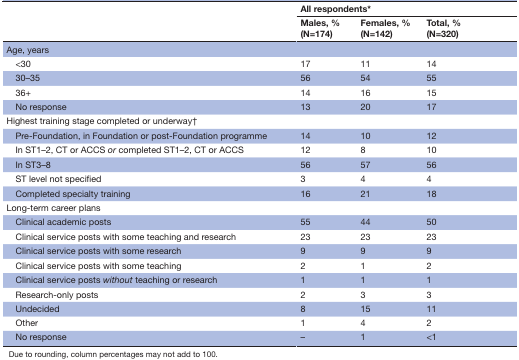
<table><thead><tr><td rowspan="2"></td><td colspan="3"><b>All respondents*</b></td></tr><tr><td><b>Males, % (N=174)</b></td><td><b>Females, % (N=142)</b></td><td><b>Total, % (N=320)</b></td></tr></thead><tbody><tr><td>Age, years</td><td></td><td></td><td></td></tr><tr><td> &lt;30</td><td>17</td><td>11</td><td>14</td></tr><tr><td> 30–35</td><td>56</td><td>54</td><td>55</td></tr><tr><td> 36+</td><td>14</td><td>16</td><td>15</td></tr><tr><td> No response</td><td>13</td><td>20</td><td>17</td></tr><tr><td>Highest training stage completed or underway†</td><td></td><td></td><td></td></tr><tr><td> Pre-Foundation, in Foundation or post-Foundation programme</td><td>14</td><td>10</td><td>12</td></tr><tr><td> In ST1–2, CT or ACCS <i>or</i> completed ST1–2, CT or ACCS</td><td>12</td><td>8</td><td>10</td></tr><tr><td> In ST3–8</td><td>56</td><td>57</td><td>56</td></tr><tr><td> ST level not specified</td><td>3</td><td>4</td><td>4</td></tr><tr><td> Completed specialty training</td><td>16</td><td>21</td><td>18</td></tr><tr><td>Long-term career plans</td><td></td><td></td><td></td></tr><tr><td> Clinical academic posts</td><td>55</td><td>44</td><td>50</td></tr><tr><td> Clinical service posts with some teaching and research</td><td>23</td><td>23</td><td>23</td></tr><tr><td> Clinical service posts with some research</td><td>9</td><td>9</td><td>9</td></tr><tr><td> Clinical service posts with some teaching</td><td>2</td><td>1</td><td>2</td></tr><tr><td> Clinical service posts <i>without</i> teaching or research</td><td>1</td><td>1</td><td>1</td></tr><tr><td> Research-only posts</td><td>2</td><td>3</td><td>3</td></tr><tr><td> Undecided</td><td>8</td><td>15</td><td>11</td></tr><tr><td> Other</td><td>1</td><td>4</td><td>2</td></tr><tr><td> No response</td><td>–</td><td>1</td><td>&lt;1</td></tr></tbody></table>